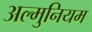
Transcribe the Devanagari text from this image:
अल्‍मुनियम